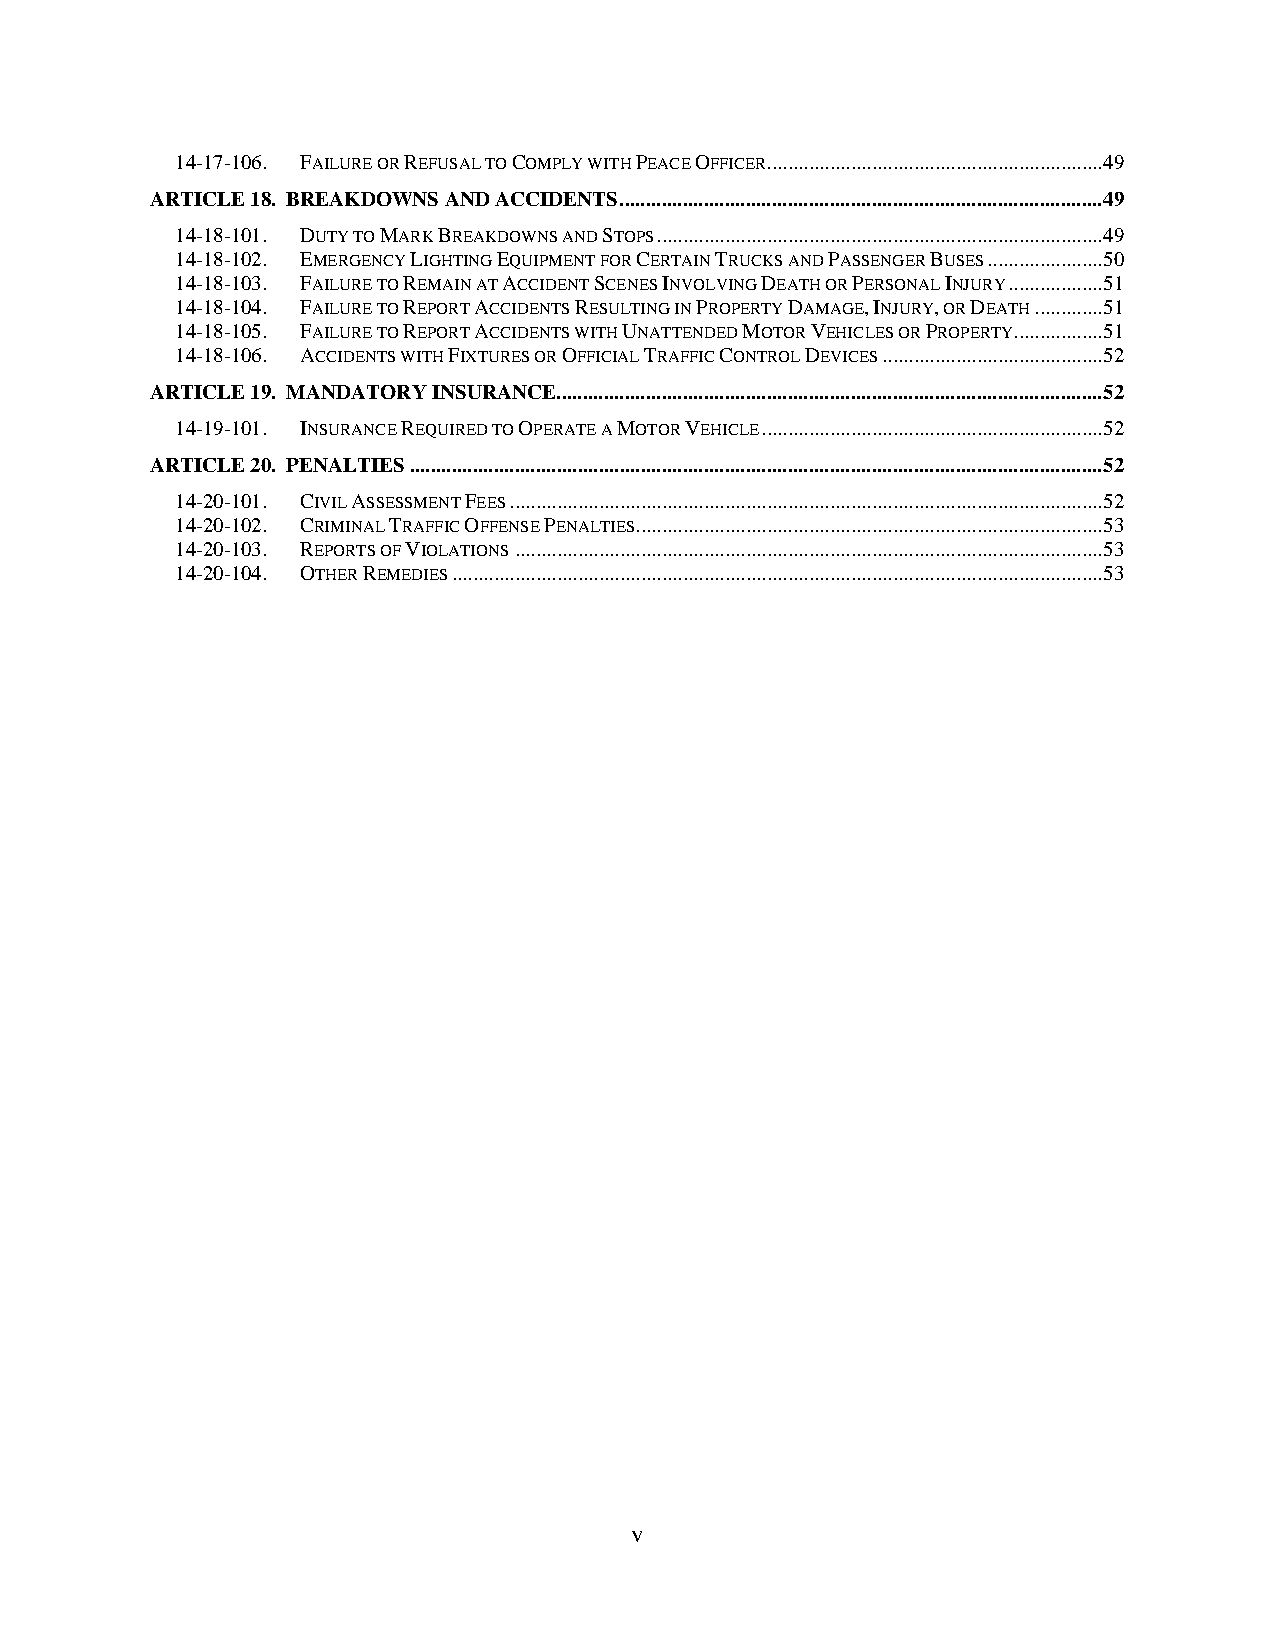
14-17-106. FAILURE OR REFUSAL TO COMPLY WITH PEACE OFFICER................................................................ 49
 ARTICLE 18. BREAKDOWNS AND ACCIDENTS ............................................................................................ 49
 14-18-101. DUTY TO MARK BREAKDOWNS AND STOPS ..................................................................................... 49
 14-18-102. EMERGENCY LIGHTING EQUIPMENT FOR CERTAIN TRUCKS AND PASSENGER BUSES ...................... 50
 14-18-103. FAILURE TO REMAIN AT ACCIDENT SCENES INVOLVING DEATH OR PERSONAL INJURY .................. 51
 14-18-104. FAILURE TO REPORT ACCIDENTS RESULTING IN PROPERTY DAMAGE, INJURY, OR DEATH ............. 51
 14-18-105. FAILURE TO REPORT ACCIDENTS WITH UNATTENDED MOTOR VEHICLES OR PROPERTY ................. 51
 14-18-106. ACCIDENTS WITH FIXTURES OR OFFICIAL TRAFFIC CONTROL DEVICES .......................................... 52
 ARTICLE 19. MANDATORY INSURANCE ........................................................................................................ 52
 14-19-101. INSURANCE REQUIRED TO OPERATE A MOTOR VEHICLE ................................................................. 52
 ARTICLE 20. PENALTIES .................................................................................................................................... 52
 14-20-101. CIVIL ASSESSMENT FEES ................................................................................................................. 52
 14-20-102. CRIMINAL TRAFFIC OFFENSE PENALTIES......................................................................................... 53
 14-20-103. REPORTS OF VIOLATIONS ................................................................................................................ 53
 14-20-104. OTHER REMEDIES ............................................................................................................................ 53
 v